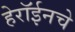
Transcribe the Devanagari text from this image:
हेरॉईनचे